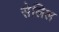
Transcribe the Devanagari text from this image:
सेलिल